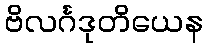
ဗိလင်္ဂဒုတိယေန